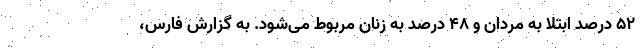
52 درصد ابتلا به مردان و 48 درصد به زنان مربوط می‌شود. به گزارش فارس،